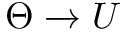
\Theta \xrightarrow { } U